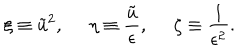
LaTeX: \xi \equiv \tilde { u } ^ { 2 } , \: \: \: \: \: \: \eta \equiv \frac { \tilde { u } } { \epsilon } , \: \: \: \: \: \: \zeta \equiv \frac { 1 } { \epsilon ^ { 2 } } .